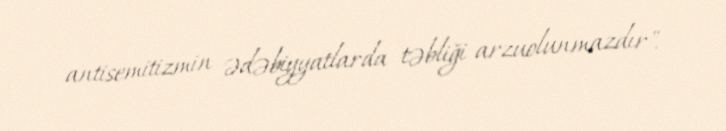
antisemitizmin ədəbiyyatlarda təbliği arzuolunmazdır".